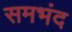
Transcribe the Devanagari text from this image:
समभंद